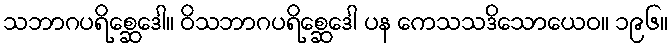
သဘာဂပရိစ္ဆေဒေါ။ ဝိသဘာဂပရိစ္ဆေဒေါ ပန ကေသသဒိသောယေဝ။ ၁၉၆။